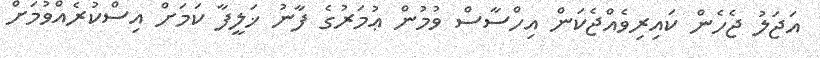
އަޖަލު ޖެހެން ކައިރިވެއްޖެކަން އިހްސާސް ވުމުން ޢުމަރުގެ ފާނު ޚަލީފާ ކަމަށް އިސްކުރެއްވުމަށް